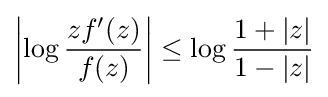
\left|\log {zf^{\prime }(z) \over f(z)}\right|\leq \log {1+|z| \over 1-|z|}